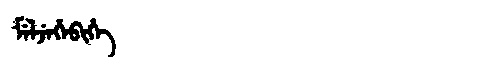
Manchu: ᠮᡝᠯᠵᡝᡥᡝᠪᡳᡥᡝ
Romanization: MELJEHEBIHE